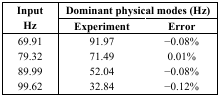
<table><thead><tr><td rowspan="3"><b>Input Hz</b></td><td colspan="2"><b>Dominant physical modes (Hz)</b></td></tr><tr><td><b>Experiment</b></td><td><b>Error</b></td></tr></thead><tbody><tr><td>69.91</td><td>91.97</td><td>−0.08%</td></tr><tr><td>79.32</td><td>71.49</td><td>0.01%</td></tr><tr><td>89.99</td><td>52.04</td><td>−0.08%</td></tr><tr><td>99.62</td><td>32.84</td><td>−0.12%</td></tr></tbody></table>